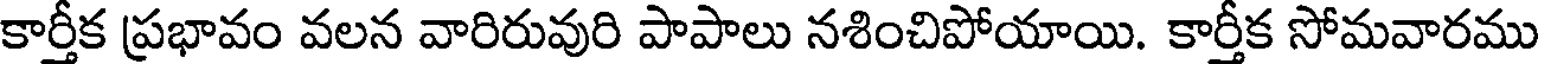
కార్తీక ప్రభావం వలన వారిరువురి పాపాలు నశించిపోయాయి. కార్తీక సోమవారము